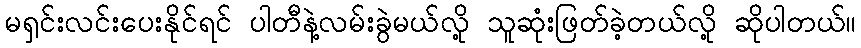
မရှင်းလင်းပေးနိုင်ရင် ပါတီနဲ့လမ်းခွဲမယ်လို့ သူဆုံးဖြတ်ခဲ့တယ်လို့ ဆိုပါတယ်။